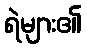
ရဲများ၏